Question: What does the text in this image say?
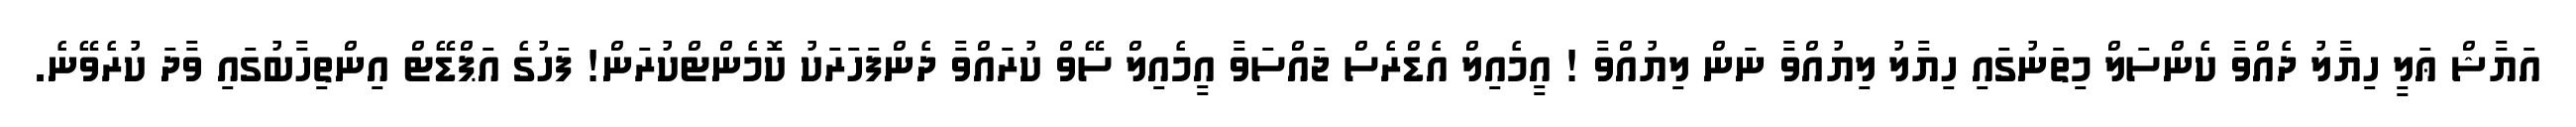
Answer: އަޔާޝް ޢަލީ ހިޔާލު ދެއްވާ ކެންސަލް މިތަނުގައި ހިޔާލު ލިޔުއްވާ ނަން ލިޔުއްވާ ! އީމެއިލް އެޑްރެސް ޖައްސަވާ އީމެއިލް ސޭވް ކުރައްވާ ދެންފަހަރަކު ކޮމެންޓްކުރަން! ފަހުގެ އަޕްޑޭޓް އިންތިހާބުގައި ވާދަ ކުރެވޭނެ.